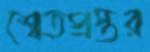
শ্বেতপ্রস্তর